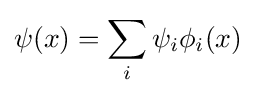
\psi (x)=\sum _{i}\psi _{i}\phi _{i}(x)